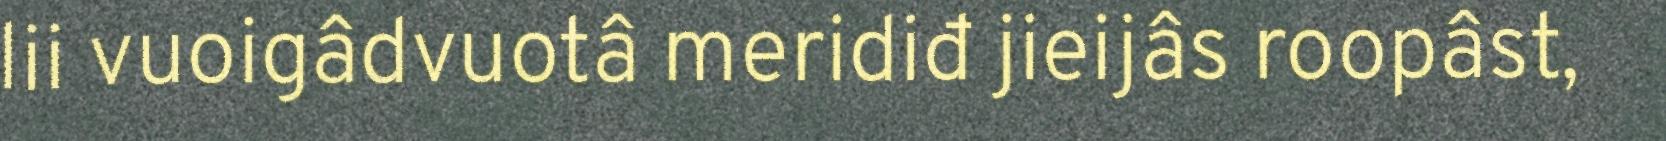
lii vuoigâdvuotâ meridiđ jieijâs roopâst,